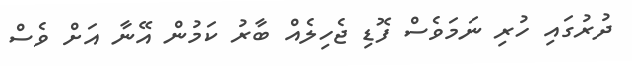
ދުރުގައި ހުރި ނަމަވެސް ފޮޑި ޖެހިލެއް ބާރު ކަމުން އޭނާ އަށް ވެސް